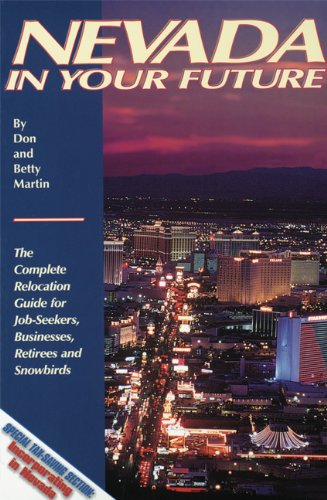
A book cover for Nevada in Your Future: The Complete Relocation Guide for Job-Seekers, Businesses, Retirees and Snowbirds; Don W. Martin; Travel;